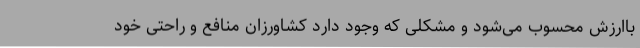
باارزش محسوب می‌شود و مشکلی که وجود دارد کشاورزان منافع و راحتی خود